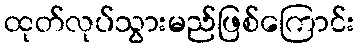
ထုတ်လုပ်သွားမည်ဖြစ်ကြောင်း